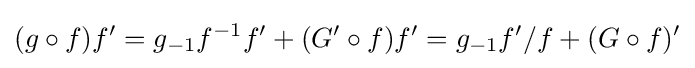
(g\circ f)f'=g_{-1}f^{-1}f'+(G'\circ f)f'=g_{-1}f'/f+(G\circ f)'